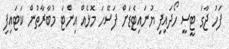
ފަހު ޖާގަ ޓީސީ ހޯދައިފި ޔުނައިޓެޑަށް ފަސޭހަ މޮޅެއް އިންޓަ މުބާރާތުން ކަޓައިފި